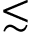
\lesssim